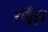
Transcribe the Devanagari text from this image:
रोहुँड़ा